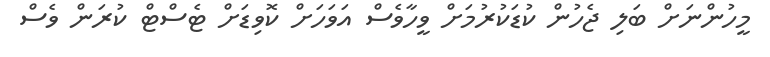
މީހުންނަށް ބަލި ޖެހުން ކުޑަކުރުމަށް ވީހާވެސް އަވަހަށް ކޮވިޑަށް ޓެސްޓް ކުރަން ވެސް